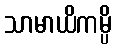
သာမာယိကမ္ပိ